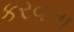
કરવતા